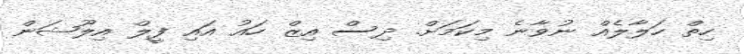
ހިތް ހަލާލެއް ނުވާނެ މިކަމަށް. ދިސް އިޒް ހައު އައި ފީލް އިލޫޝަން